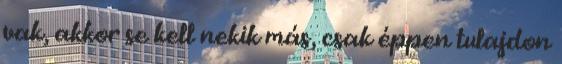
vak, akkor se kell nekik más, csak éppen tulajdon